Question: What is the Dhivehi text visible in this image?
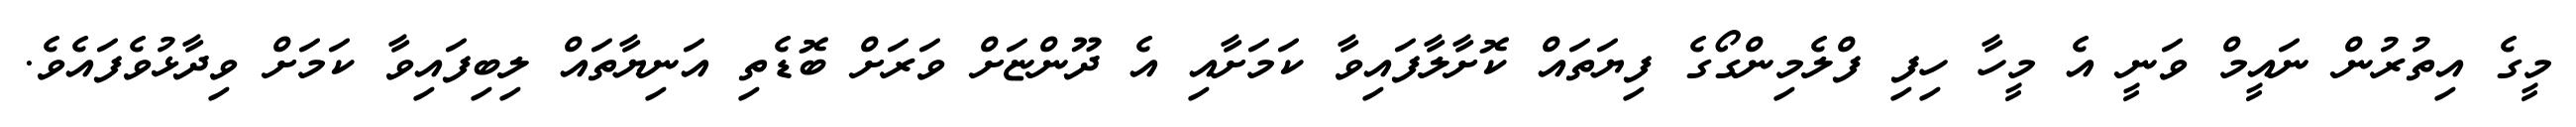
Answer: މީގެ އިތުރުން ނައީމް ވަނީ އެ މީހާ ހިފި ފްލެމިންގޯގެ ފިޔަތައް ކޮށާލާފައިވާ ކަމަށާއި އެ ދޫންޏަށް ވަރަށް ބޮޑެތި އަނިޔާތައް ލިބިފައިވާ ކަމަށް ވިދާޅުވެފައެވެ.